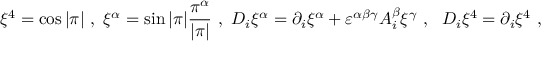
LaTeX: \xi ^ { 4 } = \cos | \pi | \ , \ \xi ^ { \alpha } = \sin | \pi | \frac { \pi ^ { \alpha } } { | \pi | } \ , \ D _ { i } \xi ^ { \alpha } = \partial _ { i } \xi ^ { \alpha } + \varepsilon ^ { \alpha \beta \gamma } A _ { i } ^ { \beta } \xi ^ { \gamma } \ , \ \ D _ { i } \xi ^ { 4 } = \partial _ { i } \xi ^ { 4 } \ , \nonumber